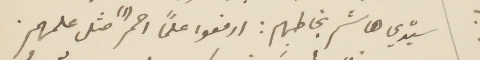
سيدي هىاشم يخاطبهم: ارفعوا علمًا أحمر (١) مثل علمهم